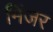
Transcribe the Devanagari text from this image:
मिंजर